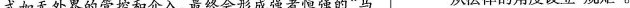
式如无外界的管控和介入，最终会形成强者恒强的”马 从法律的角度设立”规矩”。